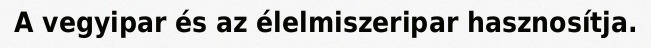
A vegyipar és az élelmiszeripar hasznosítja.